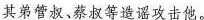
其弟管叔、蔡叔等造谣攻击他。